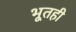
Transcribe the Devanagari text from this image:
भूतही